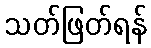
သတ်ဖြတ်ရန်